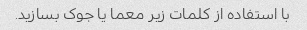
با استفاده از کلمات زیر معما یا جوک بسازید.